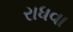
રાધવા